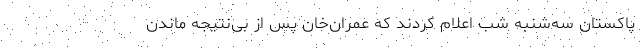
پاکستان سه‌شنبه شب اعلام کردند که عمران‌خان پس از بی‌نتیجه ماندن